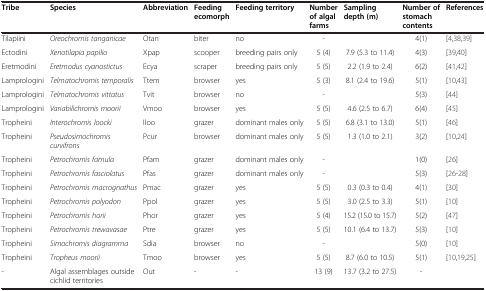
<table><thead><tr><td><b>Tribe</b></td><td><b>Species</b></td><td><b>Abbreviation</b></td><td><b>Feeding ecomorph</b></td><td><b>Feeding territory</b></td><td><b>Number of algal farms</b></td><td><b>Sampling depth (m)</b></td><td><b>Number of stomach contents</b></td><td><b>References</b></td></tr></thead><tbody><tr><td>Tilapiini</td><td><i>Oreochromis tanganicae</i></td><td>Otan</td><td>biter</td><td>no</td><td>-</td><td></td><td>4(1)</td><td>[4,38,39]</td></tr><tr><td>Ectodini</td><td><i>Xenotilapia papilio</i></td><td>Xpap</td><td>scooper</td><td>breeding pairs only</td><td>5 (4)</td><td>7.9 (5.3 to 11.4)</td><td>4(3)</td><td>[39,40]</td></tr><tr><td>Eretmodini</td><td><i>Eretmodus cyanostictus</i></td><td>Ecya</td><td>scraper</td><td>breeding pairs only</td><td>5 (5)</td><td>2.2 (1.9 to 2.4)</td><td>6(2)</td><td>[41,42]</td></tr><tr><td>Lamprologini</td><td><i>Telmatochromis temporalis</i></td><td>Ttem</td><td>browser</td><td>yes</td><td>5 (3)</td><td>8.1 (2.4 to 19.6)</td><td>5(1)</td><td>[10,43]</td></tr><tr><td>Lamprologini</td><td><i>Telmatochromis vittatus</i></td><td>Tvit</td><td>browser</td><td>no</td><td>-</td><td></td><td>5(3)</td><td>[44]</td></tr><tr><td>Lamprologini</td><td><i>Variabilichromis moorii</i></td><td>Vmoo</td><td>browser</td><td>yes</td><td>5 (5)</td><td>4.6 (2.5 to 6.7)</td><td>6(4)</td><td>[45]</td></tr><tr><td>Tropheini</td><td><i>Interochromis loocki</i></td><td>Iloo</td><td>grazer</td><td>dominant males only</td><td>5 (5)</td><td>6.8 (3.1 to 13.0)</td><td>5(1)</td><td>[46]</td></tr><tr><td>Tropheini</td><td><i>Pseudosimochromis curvifrons</i></td><td>Pcur</td><td>browser</td><td>dominant males only</td><td>5 (5)</td><td>1.3 (1.0 to 2.1)</td><td>3(2)</td><td>[10,24]</td></tr><tr><td>Tropheini</td><td><i>Petrochromis famula</i></td><td>Pfam</td><td>grazer</td><td>dominant males only</td><td>-</td><td></td><td>1(0)</td><td>[26]</td></tr><tr><td>Tropheini</td><td><i>Petrochromis fasciolatus</i></td><td>Pfas</td><td>grazer</td><td>dominant males only</td><td>-</td><td></td><td>5(3)</td><td>[26-28]</td></tr><tr><td>Tropheini</td><td><i>Petrochromis macrognathus</i></td><td>Pmac</td><td>grazer</td><td>yes</td><td>5 (5)</td><td>0.3 (0.3 to 0.4)</td><td>4(1)</td><td>[30]</td></tr><tr><td>Tropheini</td><td><i>Petrochromis polyodon</i></td><td>Ppol</td><td>grazer</td><td>yes</td><td>5 (5)</td><td>3.0 (2.5 to 3.3)</td><td>5(1)</td><td>[10]</td></tr><tr><td>Tropheini</td><td><i>Petrochromis horii</i></td><td>Phor</td><td>grazer</td><td>yes</td><td>5 (4)</td><td>15.2 (15.0 to 15.7)</td><td>5(2)</td><td>[47]</td></tr><tr><td>Tropheini</td><td><i>Petrochromis trewavasae</i></td><td>Ptre</td><td>grazer</td><td>yes</td><td>5 (5)</td><td>10.1 (6.4 to 13.7)</td><td>5(3)</td><td>[10]</td></tr><tr><td>Tropheini</td><td><i>Simochromis diagramma</i></td><td>Sdia</td><td>browser</td><td>no</td><td>-</td><td></td><td>5(0)</td><td>[10]</td></tr><tr><td>Tropheini</td><td><i>Tropheus moorii</i></td><td>Tmoo</td><td>browser</td><td>yes</td><td>5 (5)</td><td>8.7 (6.0 to 10.5)</td><td>5(1)</td><td>[10,19,25]</td></tr><tr><td>-</td><td>Algal assemblages outside cichlid territories</td><td>Out</td><td>-</td><td>-</td><td>13 (9)</td><td>13.7 (3.2 to 27.5)</td><td>-</td><td></td></tr></tbody></table>